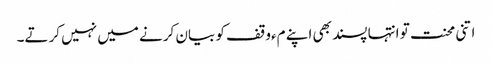
اتنی محنت تو انتہا پسند بھی اپنے مءوقف کو بیان کرنے میں نہیں کرتے۔